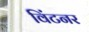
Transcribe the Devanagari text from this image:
विंटनर